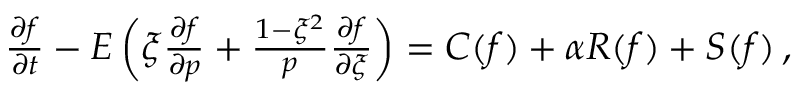
\begin{array} { r } { \frac { \partial f } { \partial t } - E \left( \xi \frac { \partial f } { \partial p } + \frac { 1 - \xi ^ { 2 } } { p } \frac { \partial f } { \partial \xi } \right) = C ( f ) + \alpha R ( f ) + S ( f ) \, , } \end{array}